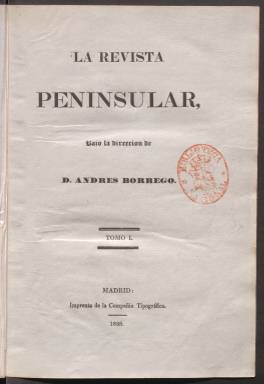
Título: La Revista peninsular (Madrid)
Colección: Cultura
Ámbito geográfico: Madrid
Lugar de publicación: Madrid
Fechas: 01/01/1838-31/12/1838